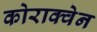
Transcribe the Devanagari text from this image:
कोराक्वेन